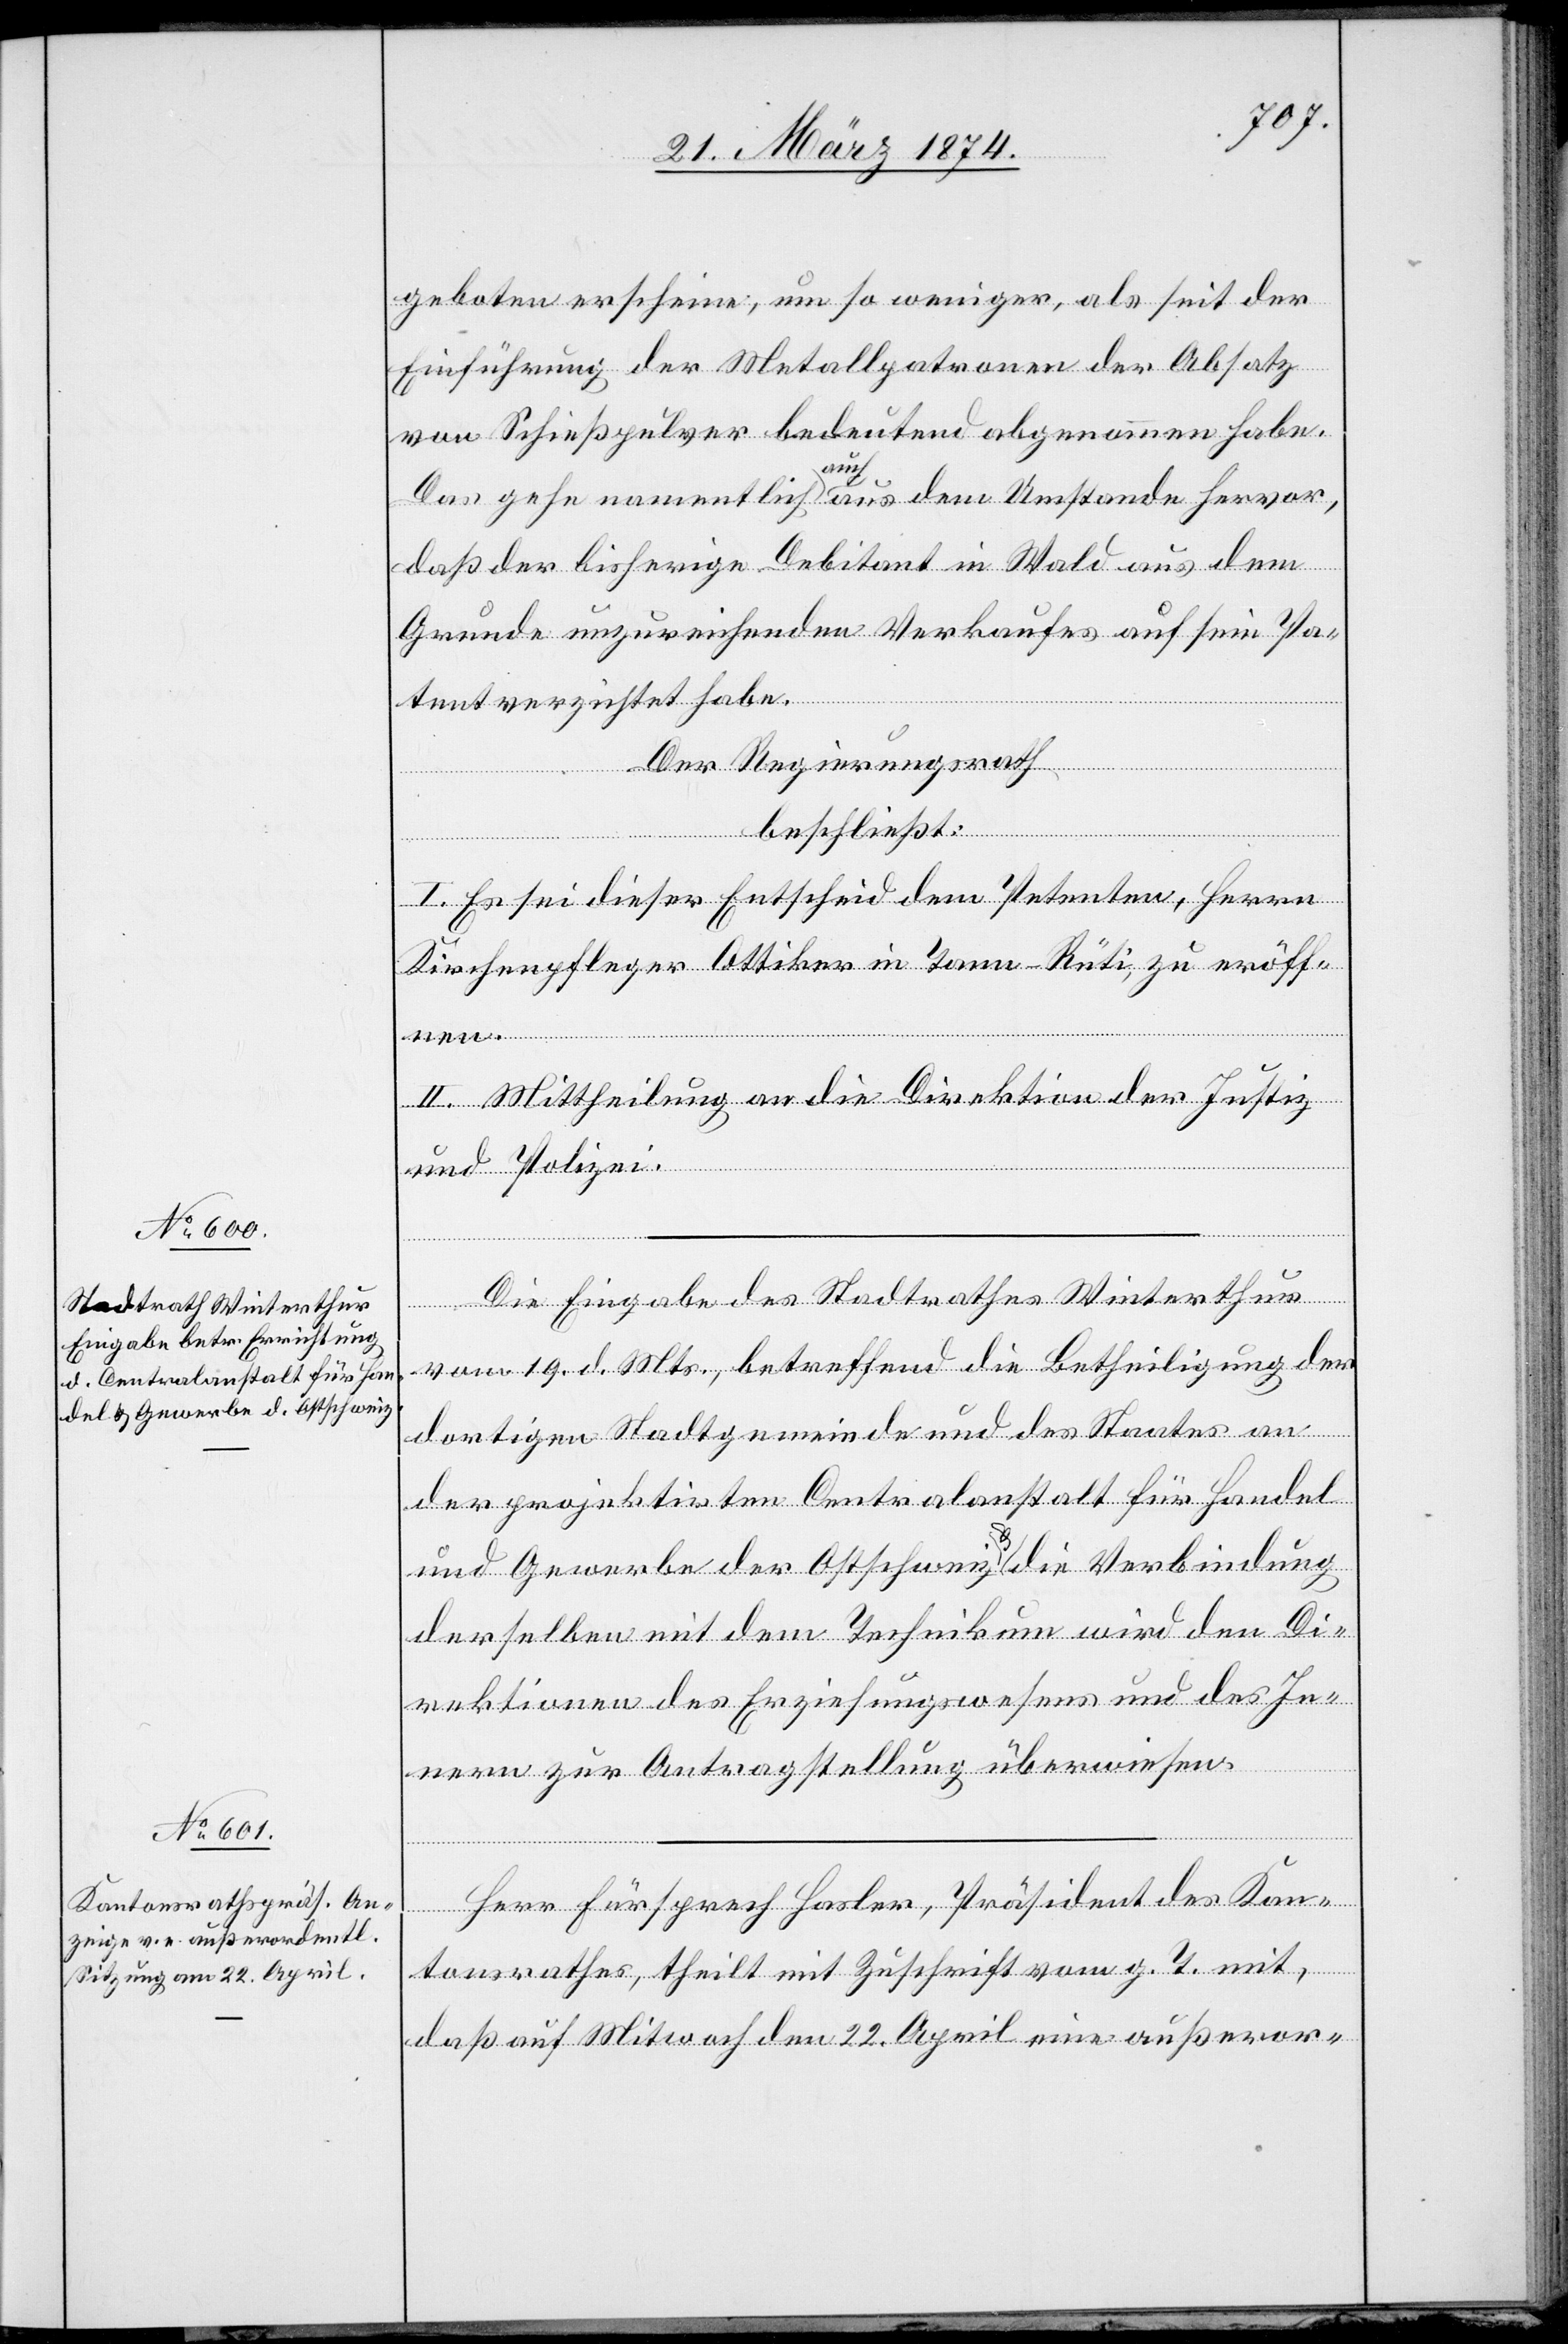
geboten erscheine, um so weniger, als seit der
Einführung der Metallpatronen der Absatz
von Schießpulver bedeutend abgenommen habe.
Das gehe namentlich auch aus dem Umstande hervor,
daß der bisherige Debitant in Wald aus dem
Grunde unzureichenden Verkaufes auf sein Pa¬
tent verzichtet habe.
Der Regierungsrath
beschließt:
I. Es sei dieser Entscheid dem Petenten, Herrn
Kirchenpfleger Ottiker in Tann-Rüti, zu eröff¬
II. Mittheilung an die Direktion der Justiz
und Polizei.
Die Eingabe des Stadtrathes Winterthur
vom 19. d. Mts., betreffend die Betheiligung der
nen.
dortigen Stadtgemeinde und des Staates an
der projektirten Centralanstalt für Handel
und Gewerbe der Ostschweiz u. die Verbindung
derselben mit dem Technikum wird den Di¬
rektion des Erziehungswesens und des In¬
nern zur Antragstellung überwiesen.
Herr Fürsprech Hasler, Präsident des Kan¬
tonsrathes, theilt mit Zuschrift vom g. T. mit,
daß auf Mit[t]woch den 22. April eine außeror-